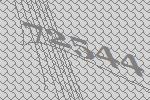
72544